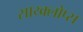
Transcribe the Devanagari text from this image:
साय्क्लोप्स